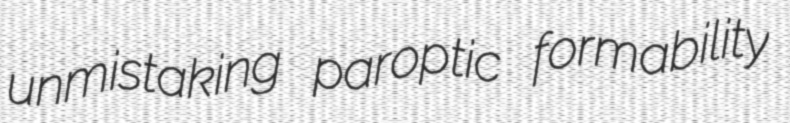
unmistaking paroptic formability